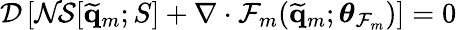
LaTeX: \mathcal{D}\left[\mathcal{NS}[\widetilde{\mathbf{q}}_{m};S]+\nabla\cdot\mathcal{F}_{m}(\widetilde{\mathbf{q}}_{m};\boldsymbol{\theta}_{\mathcal{F}_{m}})\right]=0